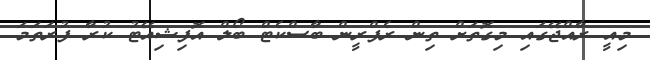
މިއީ ރާއްޖޭގައި މިގޮތަށް ތިން ރެފްރީން ބާސްކެޓް ބޯލް އޮފިޝިއޭޓު ކުރާ ފުރަތަމަ